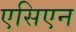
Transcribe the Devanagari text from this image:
एसिएन